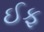
ઈફ